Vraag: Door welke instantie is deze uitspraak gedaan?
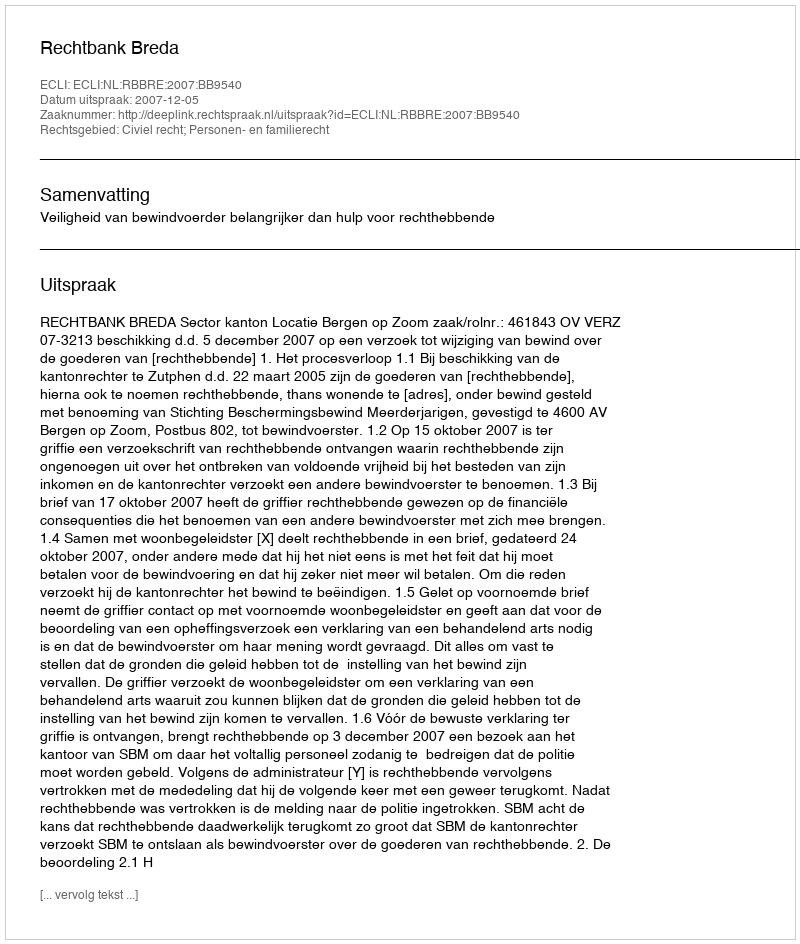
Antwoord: Rechtbank Breda